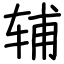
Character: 辅